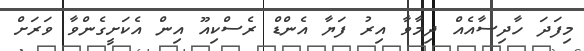
މިފަދަ ހާދިސާއެއް ދިމާވާ އިރު ފަޔާ އެންޑް ރެސްކިއޫ އިން އެކަށީގެންވާ ވަރަށް